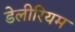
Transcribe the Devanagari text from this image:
डेलीरियम